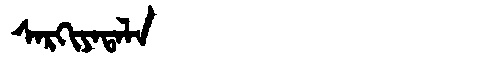
Manchu: ᠰᠠᡵᡴᡳᠶᠠᡨᠠᠯᠠ
Romanization: SARKIYATALA